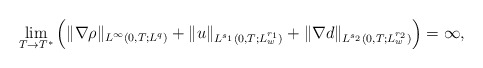
\begin{align*}\underset{T \rightarrow T^*}{\lim}\left(\|\nabla \rho\|_{L^\infty(0,T;L^q)} +\|u\|_{L^{s_1}(0,T;L_w^{r_1})}+\|\nabla d\|_{L^{s_2}(0,T;L_w^{r_2})}\right)=\infty,\end{align*}